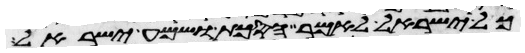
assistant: כל ישראל לאמר הסכת ושמע ישראל